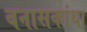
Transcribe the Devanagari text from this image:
बनासकांथा